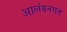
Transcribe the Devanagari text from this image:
आलंबनगत